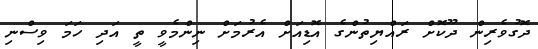
ދޮގުވެރިން ދޫކޮށް ރައްޔިތުންގެ އޮޑިއަށް އެރުމަށް ނިންމެވީ ތީ އަދި ހަމަ ވިސްނި